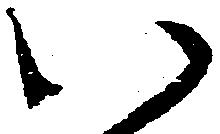
い